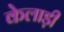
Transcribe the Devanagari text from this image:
केलाड़ी